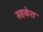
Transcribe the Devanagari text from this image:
सहकेश